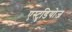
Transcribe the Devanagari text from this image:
एस्टुडियोज़